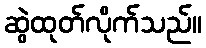
ဆွဲထုတ်လိုက်သည်။